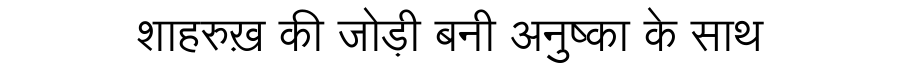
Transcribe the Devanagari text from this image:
शाहरुख़ की जोड़ी बनी अनुष्का के साथ